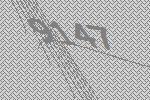
9147